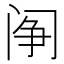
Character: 䦶